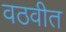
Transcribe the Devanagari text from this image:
वठवीत